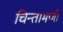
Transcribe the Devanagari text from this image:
चिन्तामणी